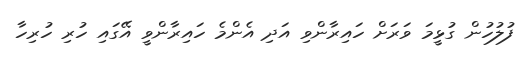
ފުލުހުން ގުޅީމަ ވަރަށް ހައިރާންވި އަދި އެންމެ ހައިރާންވީ އޭގައި ހުރި ހުރިހާ